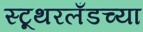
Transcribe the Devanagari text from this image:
स्टूथरलँडच्या